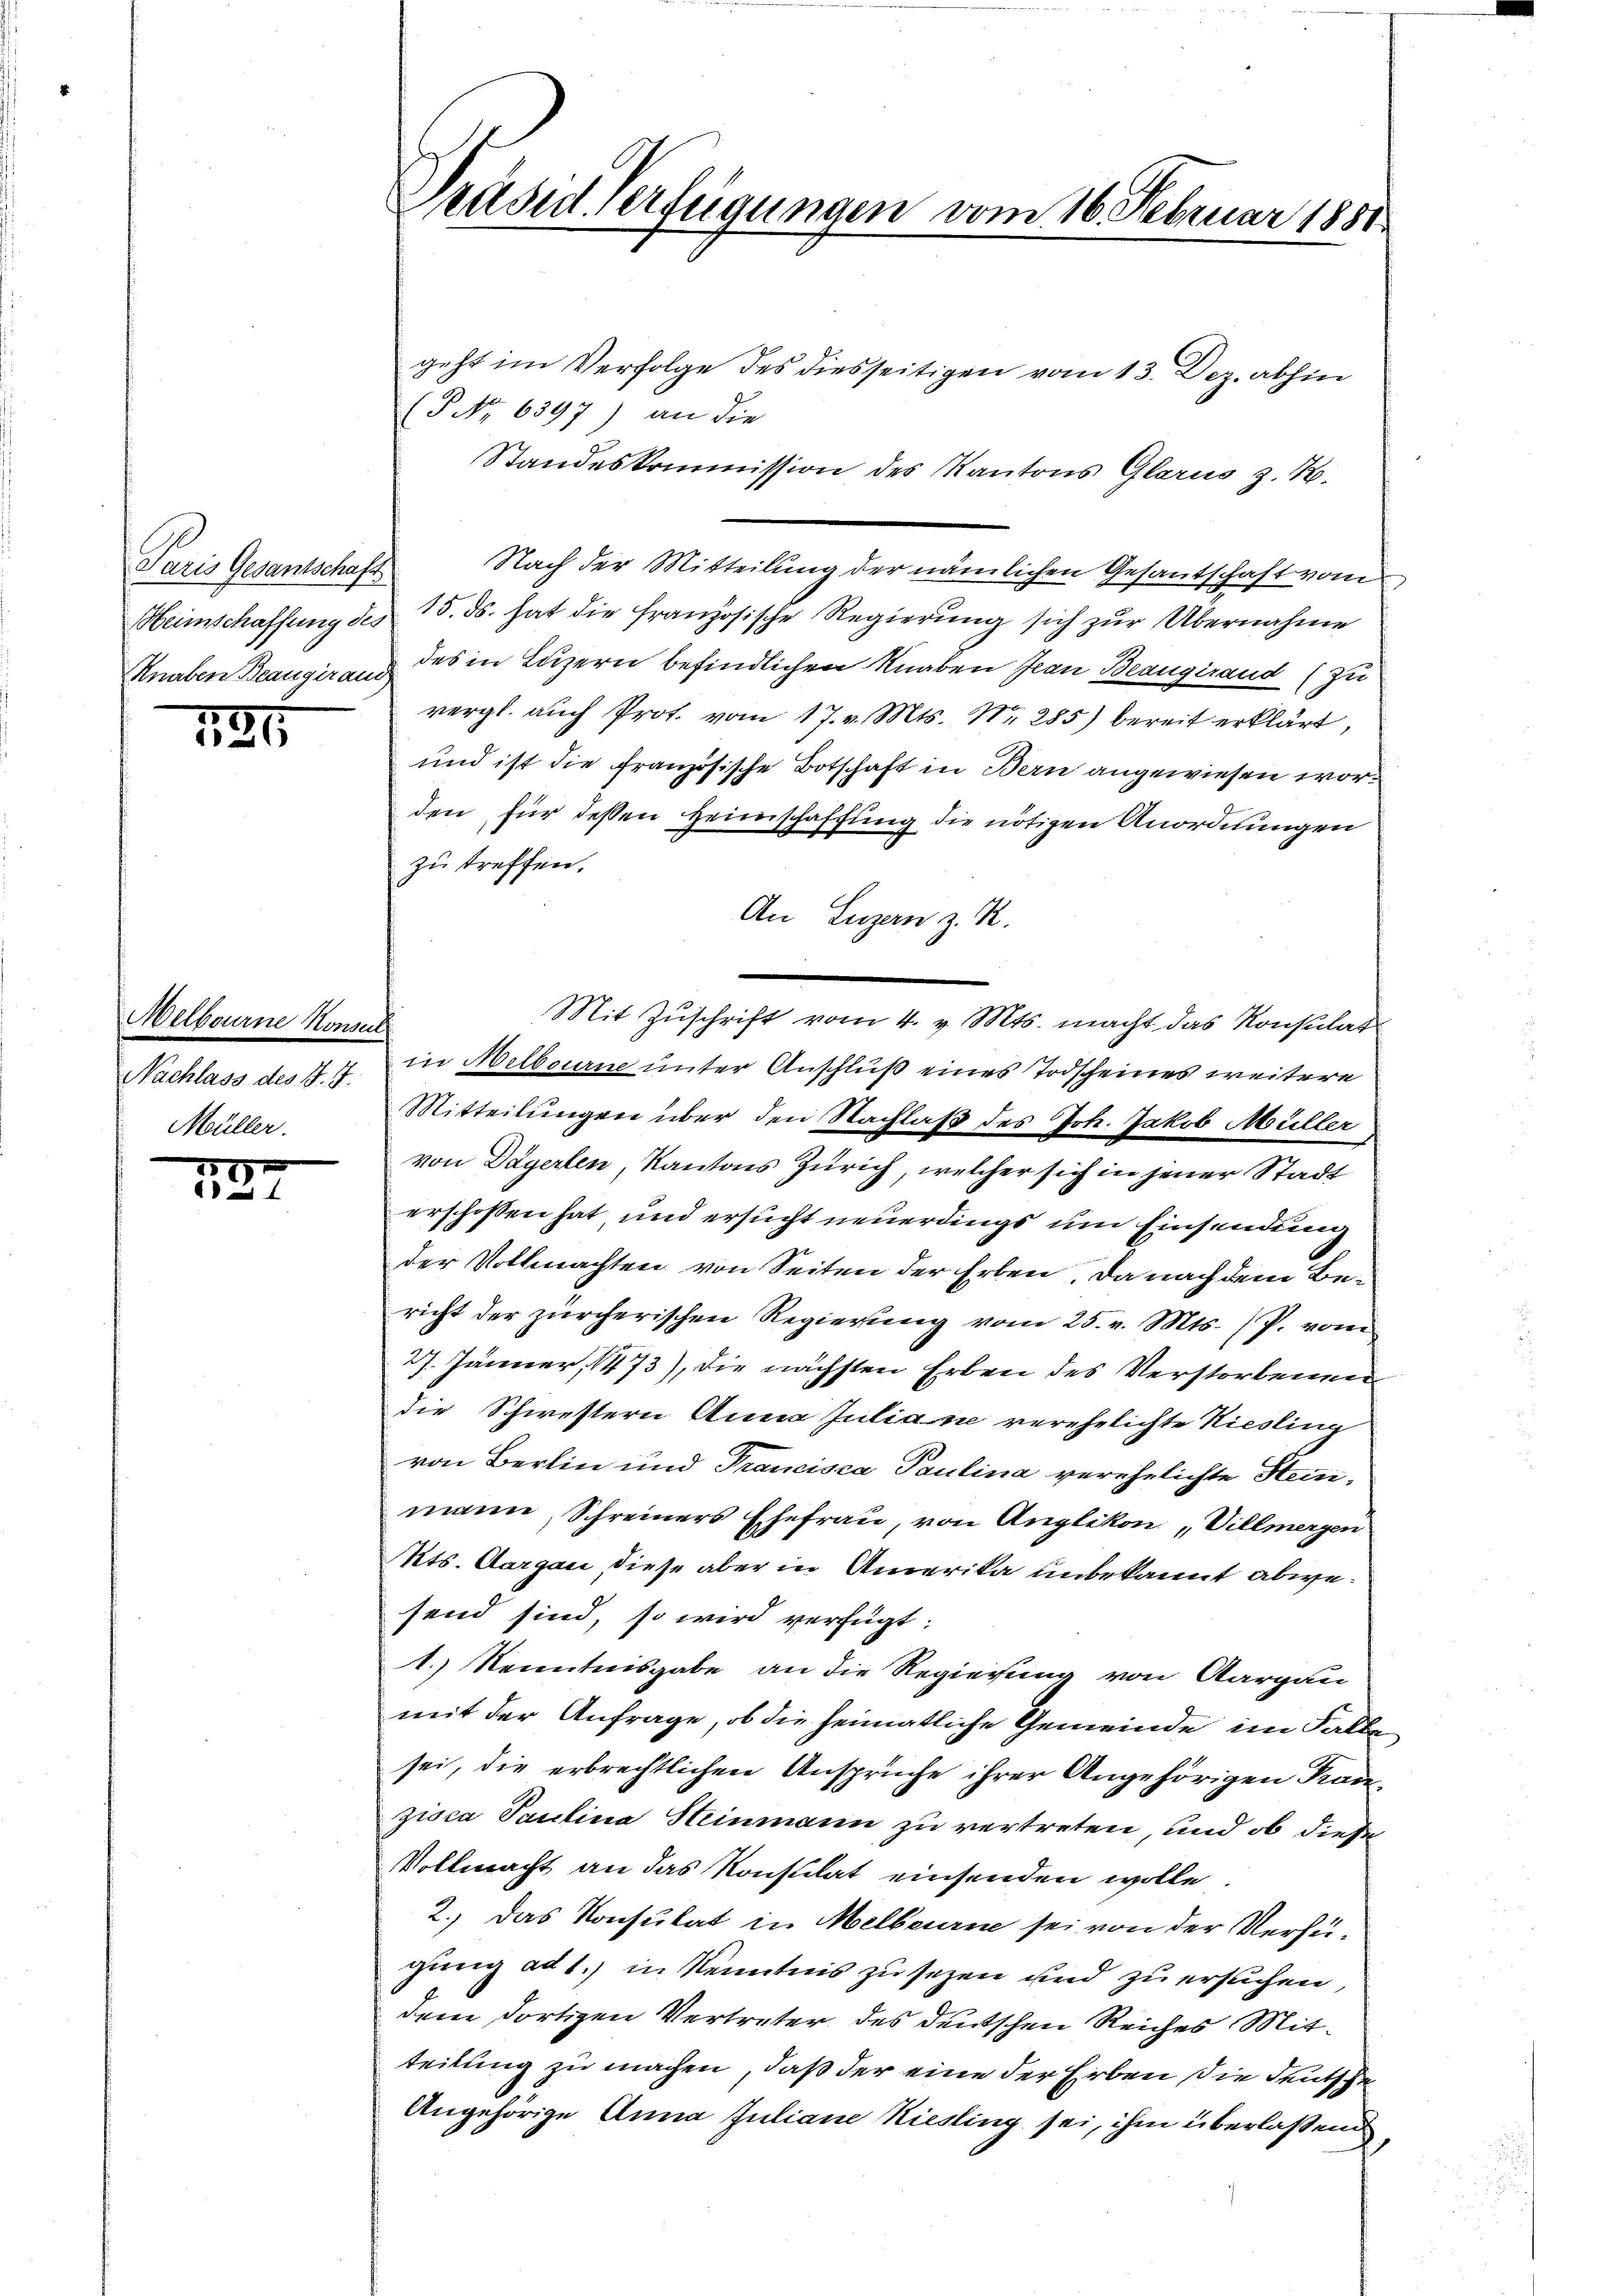
Paris Gesantschaft
Heimschaffung des
Knaben Beaugiraud

181

Melbourne Konsu
Nachlass des J. J.
Müller.

.

Präsid verfügungen vom 16. Februar 1881.

geht im Verfolge des diesseitigen vom 13. Dez. abhin
(P No 6397) an die
Standeskommission des Kantons Glarus z. B.
Nach der Mitteilung der nämlichen Gesantschaft vom
15. ds. hat die Französische Regierung sich zur Übernahme
des in Luzern befindlichen Knaben Jean Beaugiraud (zu
vergl. auch Prot. vom 17. v. Mts. Nr. 285) bereit erklärt,
und ist die französische Botschaft in Bern angewiesen worden für dessen Heimschaffung die nötigen Anordnungen
zu treffen.
An Luzern z. R.
Mit Zuschrift vom 4. v. Mts. macht das Konsulat
s
in Melbourne unter Anschluß eines Todscheines weitere
Mitteilungen über den Nachlaß des Joh. Jakob Müller
von Dägerlen, Kantons Zürich, welcher sich in jener Stadt
erschossen hat und ersucht neuerdings um Einsendung
der Vollmachten von Seiten der Erben. Da nach dem Bericht der zürcherischen Regierung vom 25. v. Mts. (P. vom
27. Jänner, 1473), die nächsten Erben des Verstorbenen
die Schwestern Anna Juliane verehelichte Niesling
von Berlin und Trancisca Paulina verehelichte Steinmann, Schreiners Ehefrau, von Anglikon „Villmergen
Kts. Aargau, diese aber in Amerika unbekannt abwesend sind, so wird verfügt:
1.) Kenntnisgabe an die Regierung von Aargau
mit der Anfrage, ob die heimatliche Gemeinde im Falle
sei, die erbrechtlichen Ansprüche ihrer Angehörigen Franzisca Paulina Steinmann zu vertreten, und ob diese
Vollmacht an das Konsulat einsenden wolle
2.) Das Konsulat in Melberne sei von der Verfügung ad 1., in Kenntnis zu sezen und zu ersuchen
dem dortigen Vertreter des deutschen Reiches Mitteilung zu machen, daß der eine der Erben die deutsche
Angehörige Anna Juliane Kiesling sei, ihm überlaßend

n